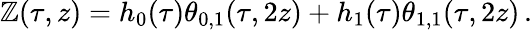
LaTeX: \mathbb{Z}(\tau,z)=h_{0}(\tau)\theta_{0,1}(\tau,2z)+h_{1}(\tau)\theta_{1,1}(\tau,2z)\, .